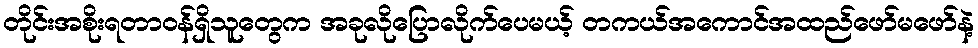
တိုင်းအစိုးရတာဝန်ရှိသူတွေက အခုလိုပြောလိုက်ပေမယ့် တကယ်အကောင်အထည်ဖော်မဖော်နဲ့